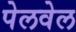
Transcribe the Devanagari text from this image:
पेलवेल